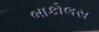
બાકોલસ